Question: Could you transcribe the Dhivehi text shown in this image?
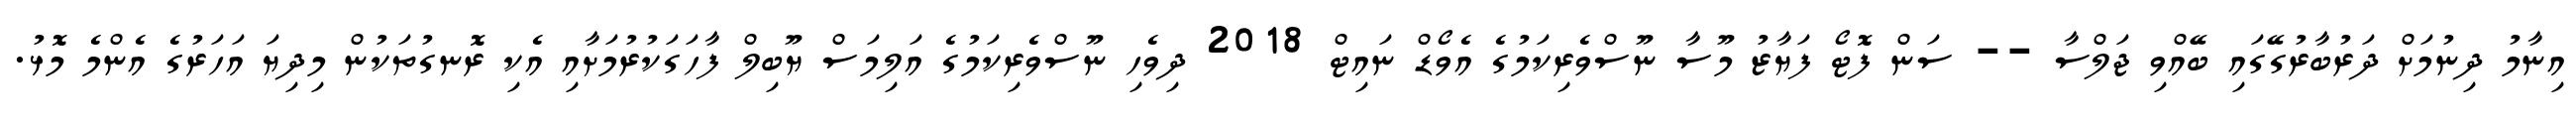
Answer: އިނާމު ދިނުމަށް ދަރުބާރުގޭގައި ބޭއްވި ޖަލްސާ -- ސަން ފޮޓޯ ފަޔާޒު މޫސާ ނޫސްވެރިކަމުގެ އެވޯޑް ނައިޓް 2018 ދިވެހި ނޫސްވެރިކަމުގެ އަލިމަސް ޔޫބިލް ފާހަގަކުރުމަށާއި އެކި ރޮނގުތަކުން މިދިޔަ އަހަރުގެ އެންމެ މޮޅު.